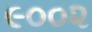
૯૦૦૨